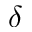
\delta